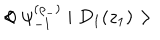
LaTeX: < \psi _ { - 1 } ^ { ( \rho _ { - } ) } \mid D _ { 1 } ( z _ { 1 } ) > \hspace { 0 . 5 c m } < \hspace { 0 . 5 c m } 0